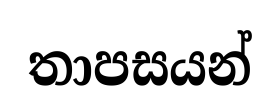
තාපසයන්